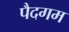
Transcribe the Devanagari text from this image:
पैदगम